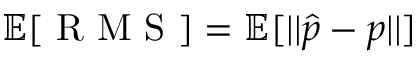
\mathbb { E } [ \textrm { R M S } ] = \mathbb { E } [ | | \hat { p } - p | | ]